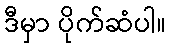
ဒီမှာ ပိုက်ဆံပါ။